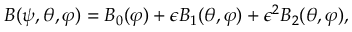
B ( \psi , \theta , \varphi ) = B _ { 0 } ( \varphi ) + \epsilon B _ { 1 } ( \theta , \varphi ) + \epsilon ^ { 2 } B _ { 2 } ( \theta , \varphi ) ,